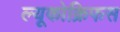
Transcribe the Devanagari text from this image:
ल्यूकोक्रिफस